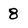
Character: 8